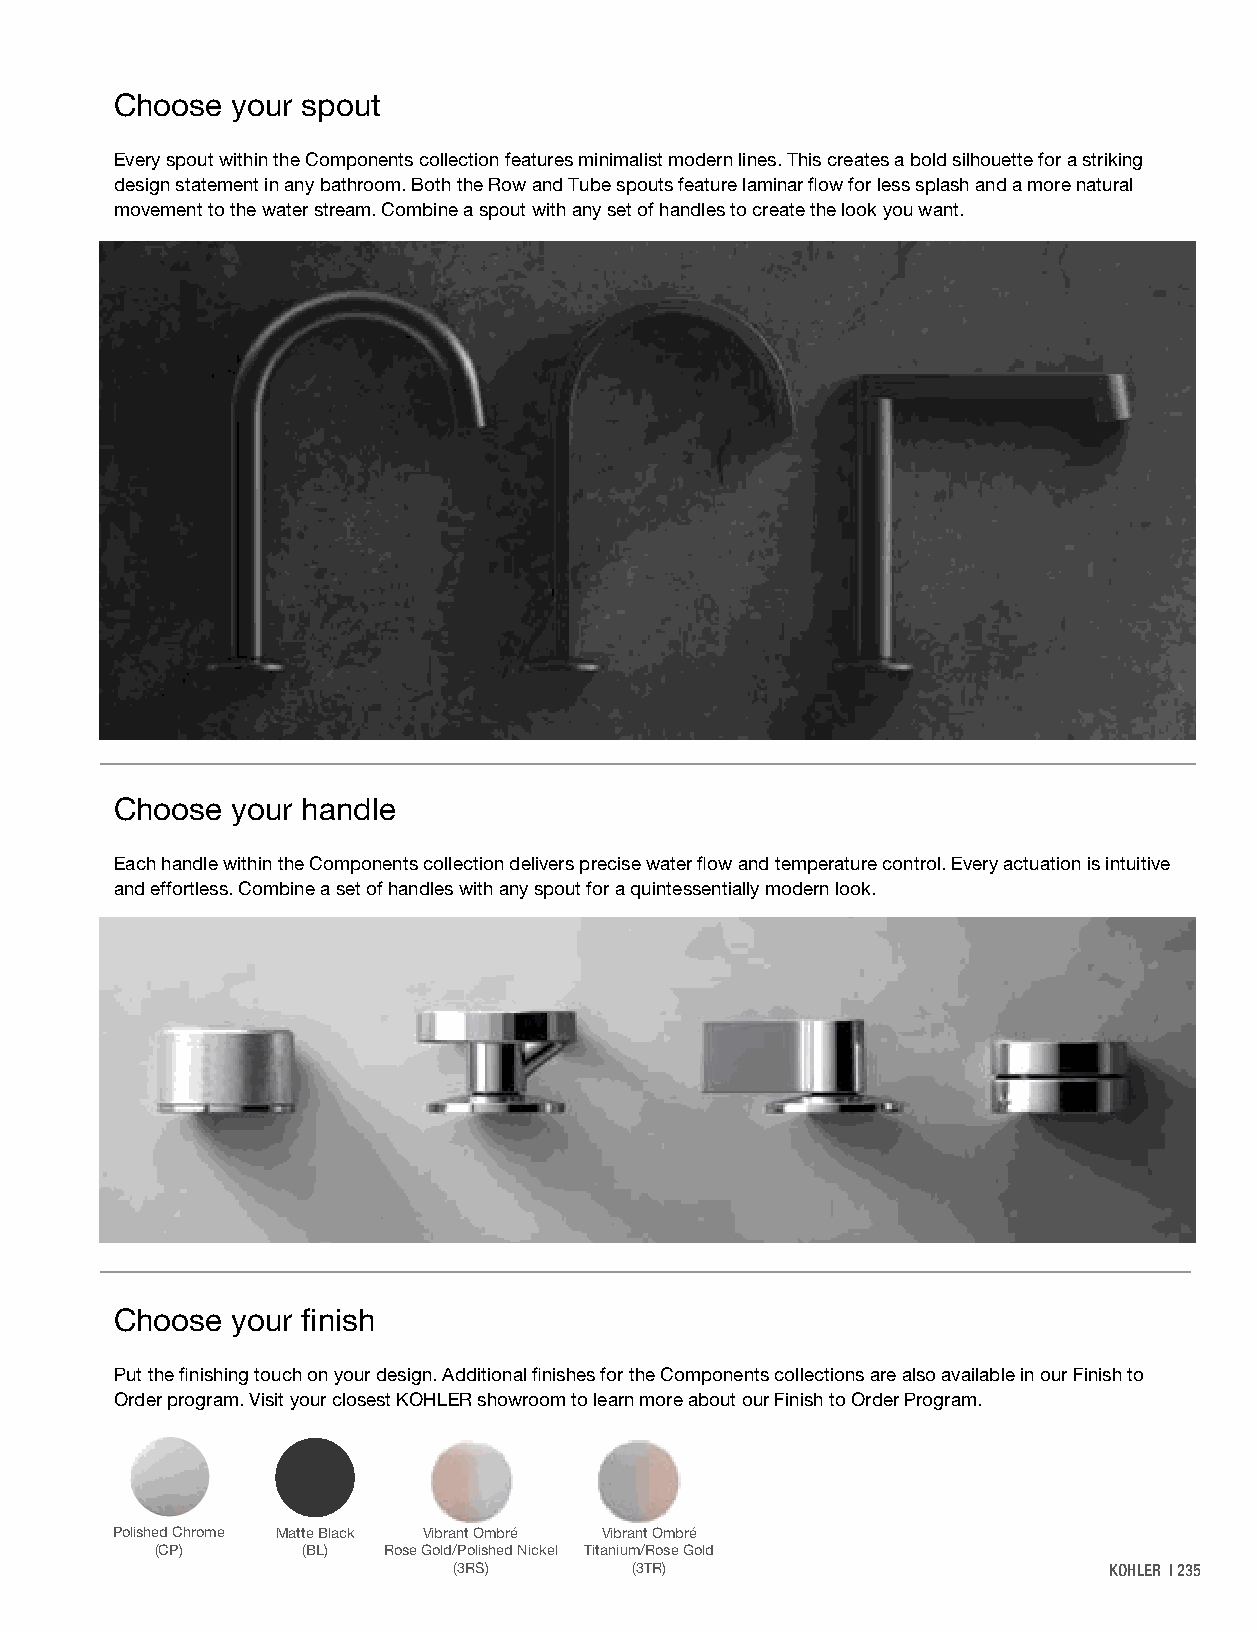
Choose your spout
 Every spout within the Components collection features minimalist modern lines. This creates a bold silhouette for a striking
 design statement in any bathroom. Both the Row and Tube spouts feature laminar flow for less splash and a more natural
 movement to the water stream. Combine a spout with any set of handles to create the look you want.
 Choose your handle
 Each handle within the Components collection delivers precise water flow and temperature control. Every actuation is intuitive
 and effortless. Combine a set of handles with any spout for a quintessentially modern look.
 Choose your finish
 Put the finishing touch on your design. Additional finishes for the Components collections are also available in our Finish to
 Order program. Visit your closest KOHLER showroom to learn more about our Finish to Order Program.
 Polished Chrome Matte Black Vibrant Ombré Vibrant Ombré
 (CP)      (BL) Rose Gold/Polished Nickel Titanium/Rose Gold
 (3RS)       (3TR)                          KOHLER | 235